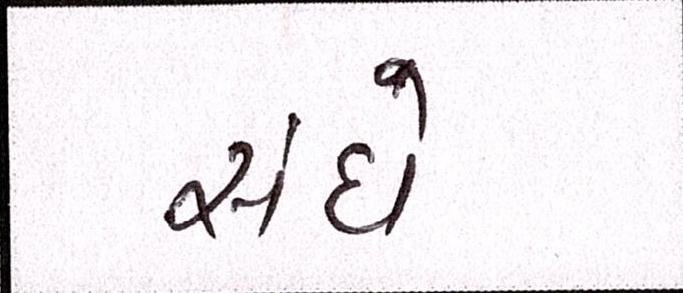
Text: સંઘે